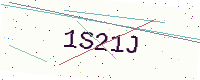
Text: 1S21J